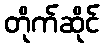
တိုက်ဆိုင်